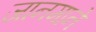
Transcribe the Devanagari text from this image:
जानमाने